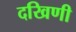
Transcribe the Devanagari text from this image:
दखिणी